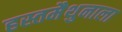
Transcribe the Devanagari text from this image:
हस्तमैथुनाला